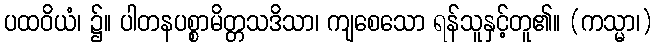
ပထဝိယံ၊ ၌။ ပါတနပစ္စာမိတ္တသဒိသာ၊ ကျစေသော ရန်သူနှင့်တူ၏။ (ကသ္မာ၊)